Lunatic asylums in Bengal annual reports 1912-1924 - 1912-1924
Year: 1912
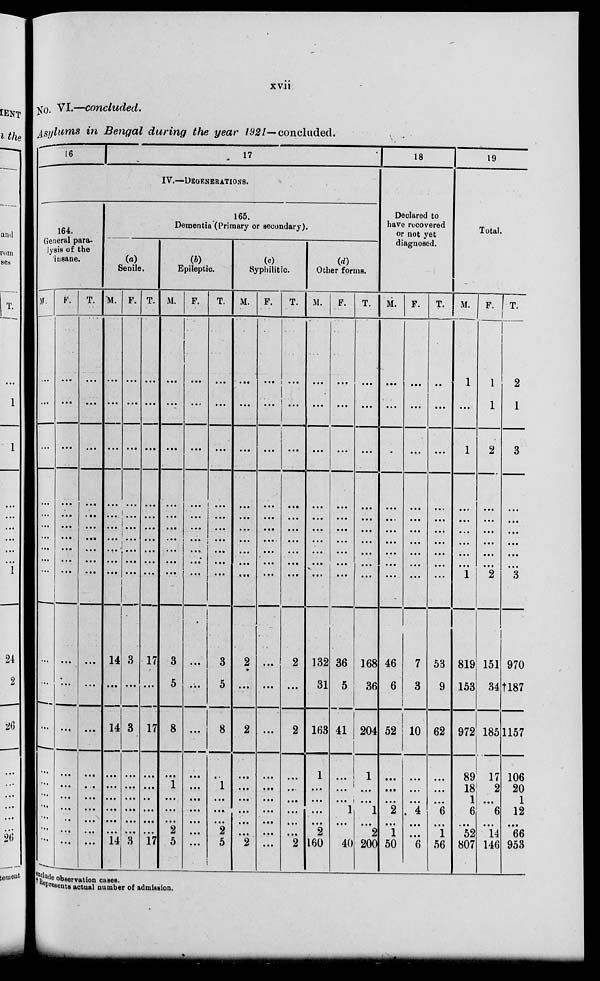
xvii
No. VI.—concluded.
Asylums in Bengal during the year 1921— concluded.
16
17
IV.—DIGENERATIONS.
164.
General para-
lysis of the
insane.
M.
…
...
...
...
...
...
...
...
...
...
...
...
...
...
...
...
...
...
...
...
F.
...
...
...
...
...
...
...
...
...
...
...
...
...
...
...
...
...
...
...
...
T.
...
...
...
...
...
...
...
...
...
...
...
...
...
...
...
...
...
...
...
...
165.
Dementia (Primary or secondary).
(a)
Senile.
M.
...
...
...
...
...
...
...
...
...
...
14
...
14
...
...
...
...
...
...
14
F.
...
...
...
...
...
...
...
...
...
...
3
...
3
...
...
...
...
...
...
3
T.
...
...
...
...
...
...
...
...
...
...
17
...
17
...
...
...
...
...
...
17
(b)
Epileptic
M.
...
...
...
...
...
...
...
...
...
...
3
5
8
...
1
...
...
...
2
5
F.
...
...
...
...
...
...
...
...
...
...
...
...
...
...
...
...
...
...
...
...
T.
...
...
...
...
...
...
...
...
...
...
3
5
8
...
1
...
...
...
2
5
(c)
Syphilitic.
M.
...
...
...
...
...
...
...
...
...
...
2
...
2
...
...
...
...
...
...
2
F.
...
...
...
...
...
...
...
...
...
...
...
...
...
...
...
...
...
...
...
...
T.
...
...
...
...
...
...
...
...
...
...
2
...
2
...
...
...
...
...
...
2
(d)
Other forms.
M.
...
...
...
...
...
...
...
...
...
...
132
31
163
1
...
...
...
...
2
160
F.
...
...
...
...
...
...
...
...
...
...
36
5
41
...
...
...
1
...
...
40
T.
...
...
...
...
...
...
...
...
...
...
168
36
204
1
...
...
1
...
2
200
18
Declared to
have recovered
or not yet
diagnosed.
M.
...
...
...
...
...
...
...
...
...
...
46
6
52
...
...
...
2
...
1
50
F.
...
...
...
...
...
...
...
...
...
...
7
3
10
...
...
...
4
...
...
6
T.
...
...
...
...
...
...
...
...
...
...
53
9
62
...
...
...
6
...
1
56
19
Total.
M.
1
...
1
...
...
...
...
...
...
1
819
153
972
89
18
1
6
...
52
807
F.
1
1
2
...
...
...
...
...
...
2
151
34
185
17
2
...
6
...
14
146
T.
2
1
3
...
...
...
...
...
...
3
970
†187
1157
106
20
1
12
...
66
953
include
observation cases.
Represents actual number of admission.